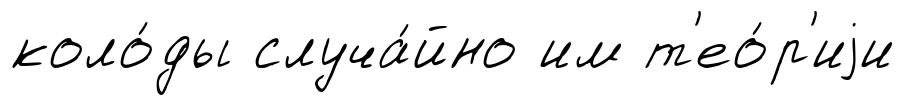
коло́ды случа́йно им т'ео́р'иjи